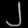
Digit: ၂